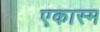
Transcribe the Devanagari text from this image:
एकास्म